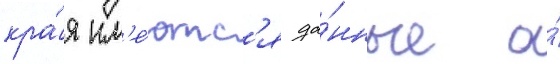
кра́я им'е́ютс'я да́нные о́